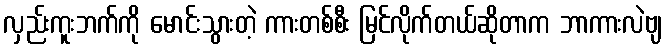
လှည်းကူးဘက်ကို မောင်းသွားတဲ့ ကားတစ်စီး မြင်လိုက်တယ်ဆိုတာက ဘာကားလဲဗျ